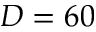
D = 6 0